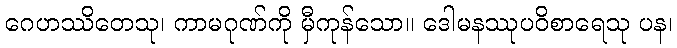
ဂေဟဿိတေသု၊ ကာမဂုဏ်ကို မှီကုန်သော။ ဒေါမနဿုပဝိစာရေသု ပန၊